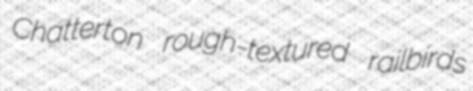
Chatterton rough-textured railbirds